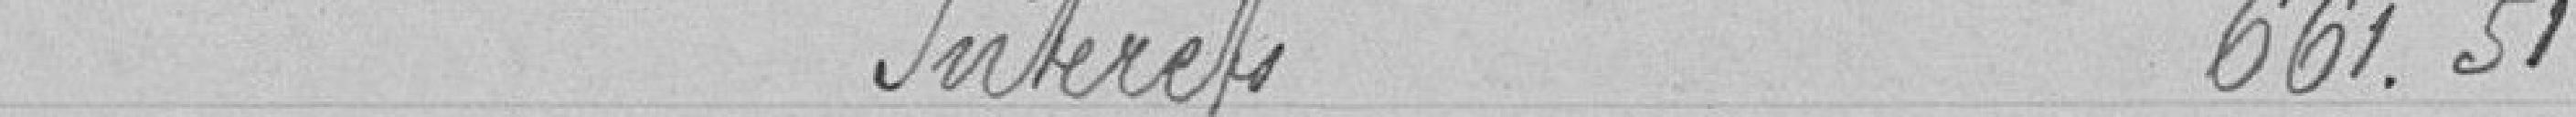
Intérêts             661.51